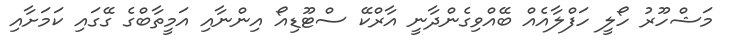
މަޝްހޫރު ހޯލީ ހަފްލާއެއް ބޭއްވިގެންދާނީ އާރްކޭ ސްޓޫޑިއޯ އިންނާއި އަމީތާބްގެ ގޭގައި ކަމަށާއި